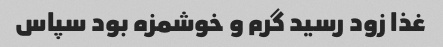
غذا زود رسید گرم و خوشمزه بود سپاس